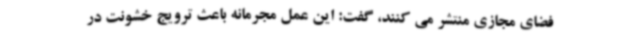
فضای مجازی منتشر می کنند، گفت: این عمل مجرمانه باعث ترویج خشونت در